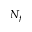
N _ { f }